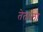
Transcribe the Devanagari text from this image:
तेताला